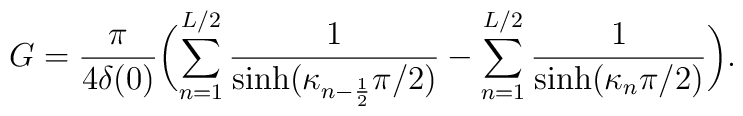
G=\frac{\pi}{4\delta(0)}\biggl(\sum_{n=1}^{L/2}\frac{1}{\sinh\bigl(\kappa_{n-\frac12}\pi/2\bigr)}-\sum_{n=1}^{L/2}\frac{1}{\sinh\bigl(\kappa_n\pi/2\bigr)}\biggr) .